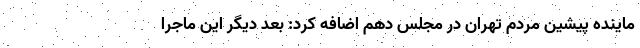
ماینده پیشین مردم تهران در مجلس دهم اضافه کرد: بُعد دیگر این ماجرا